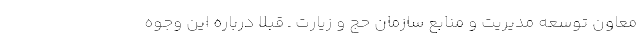
معاون توسعه مدیریت و منابع سازمان حج و زیارت ـ قبلا درباره این وجوه